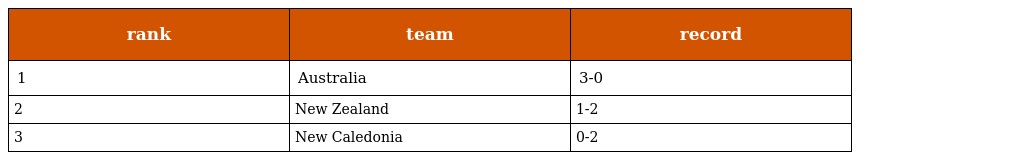
| rank | team | record |
 | --- | --- | --- |
 | 1 | Australia | 3-0 |
 | 2 | New Zealand | 1-2 |
 | 3 | New Caledonia | 0-2 |